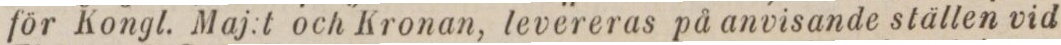
för Kongl. Maj:t och Kronan, levereras på anvisande ställen vid